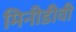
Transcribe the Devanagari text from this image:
मिनीडीवी